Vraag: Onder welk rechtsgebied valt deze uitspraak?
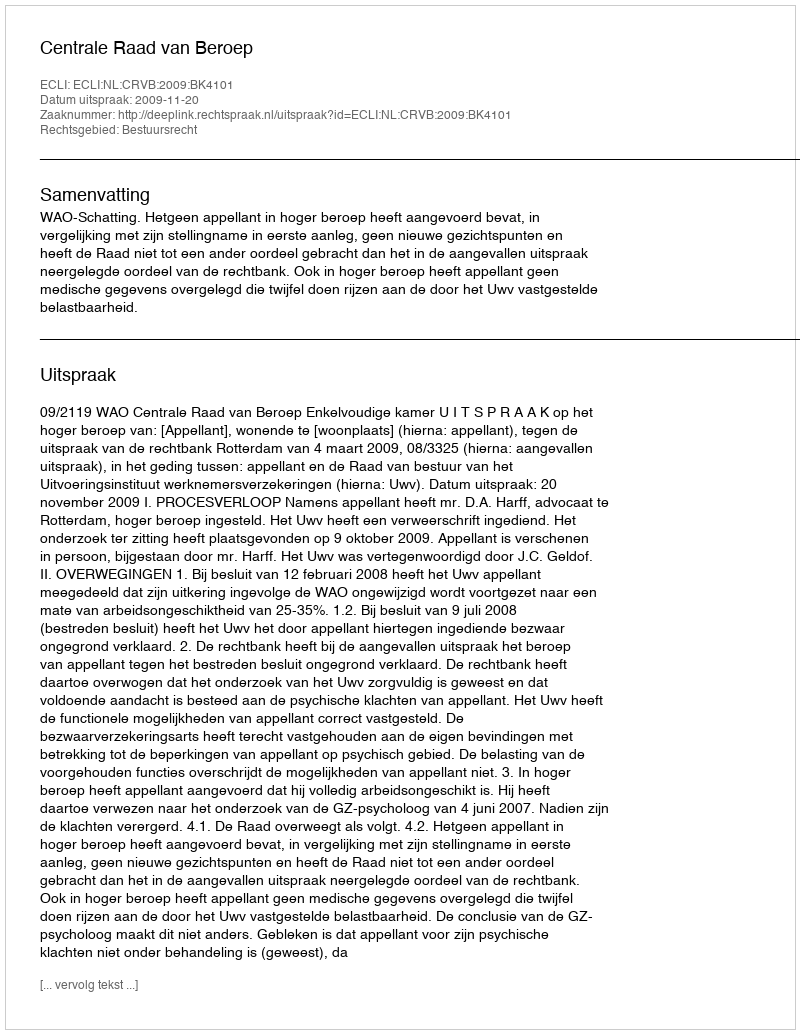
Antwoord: Bestuursrecht